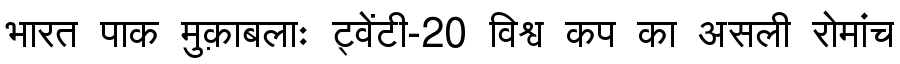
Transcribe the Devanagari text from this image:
भारत पाक मुक़ाबलाः ट्वेंटी-20 विश्व कप का असली रोमांच